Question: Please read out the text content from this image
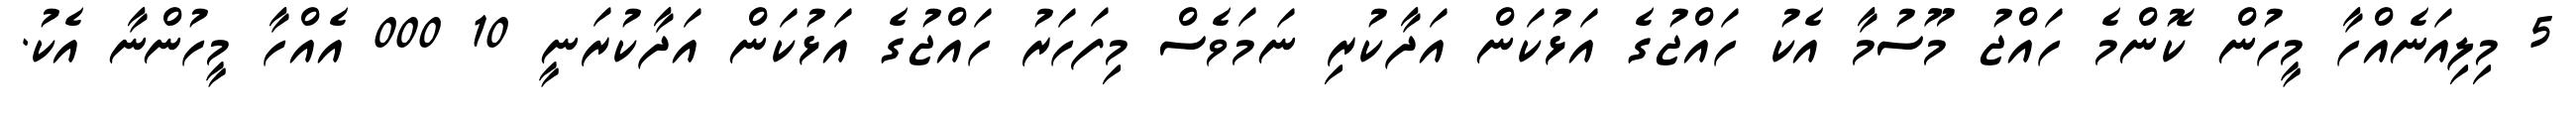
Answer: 5 މިލިއަނެއްހާ މީހުން ކޮންމެ ހައްޖު މޫސުމާ އެކު ހައްޖުގެ އަޅުކަން އަދާކުރި ނަމަވެސް މިފަހަރު ހައްޖުގެ އަޅުކަން އަދާކުރަނީ 10 000 އެއްހާ މީހުންނާ އެކު.